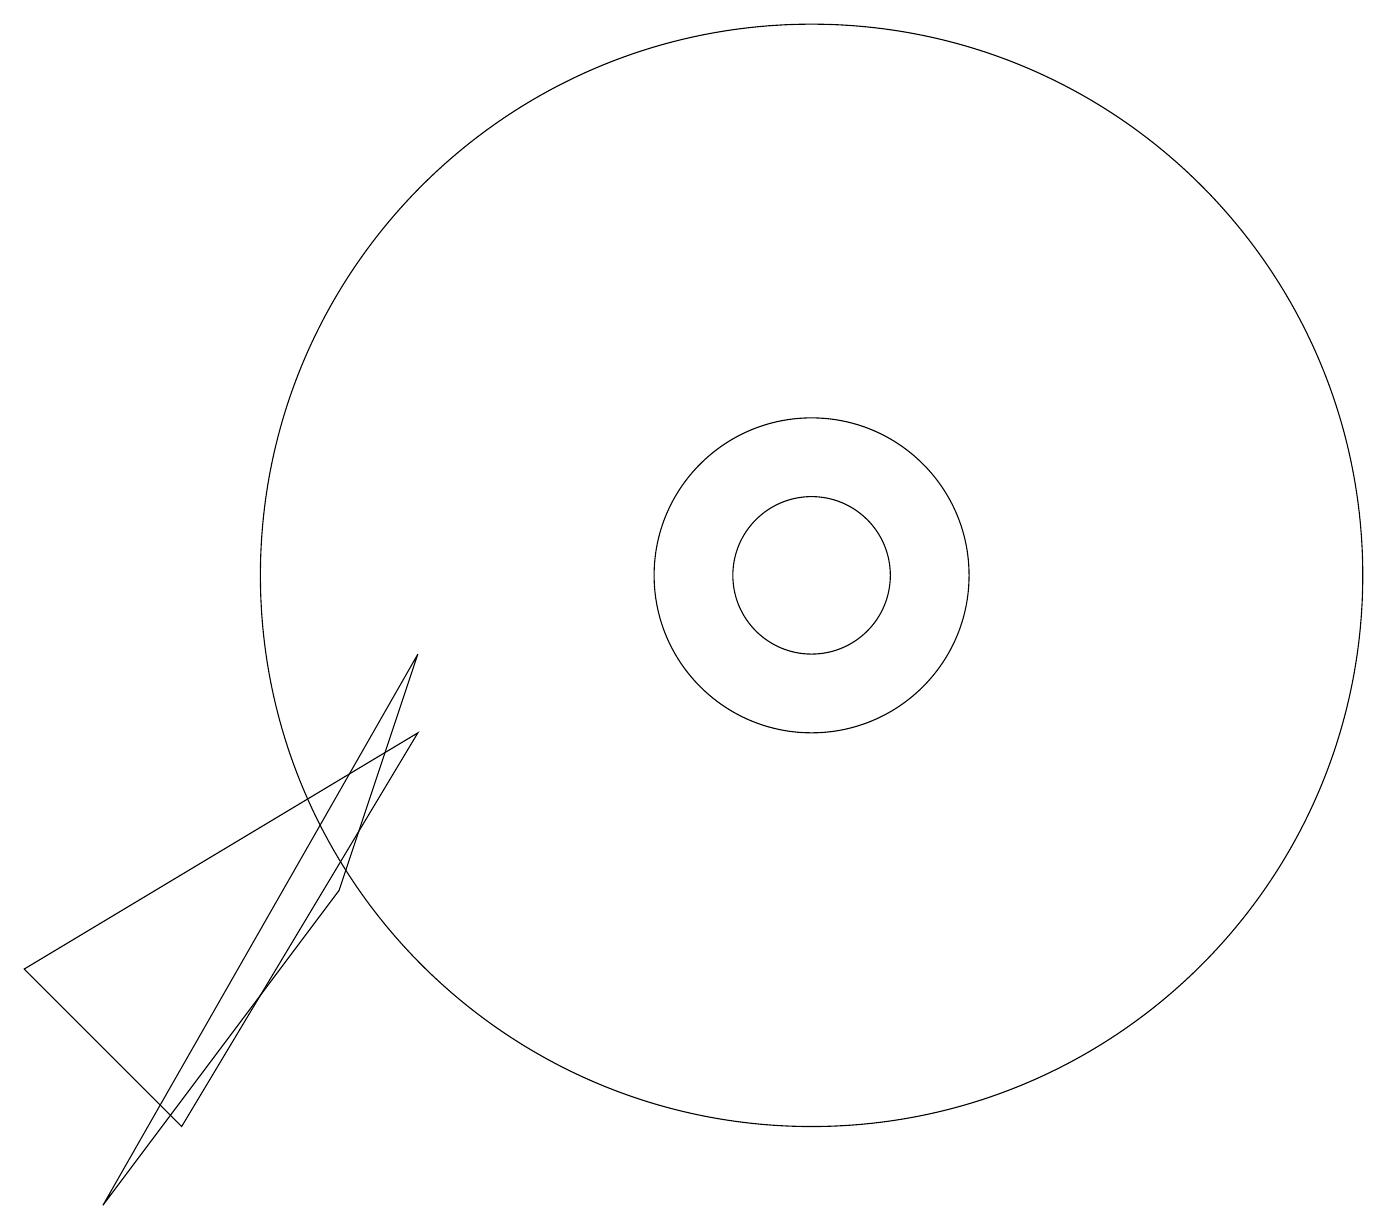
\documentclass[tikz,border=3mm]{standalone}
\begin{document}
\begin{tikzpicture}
\draw (10,10) circle (7);
\draw (4,6) -- (5,9) -- (1,2) -- cycle;
\draw (10,10) circle (2);
\draw (10,10) circle (1);
\draw (0,5) -- (5,8) -- (2,3) -- cycle;
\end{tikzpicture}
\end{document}